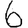
Digit: 6